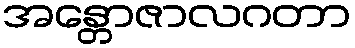
အန္တောဇာလဂတာ